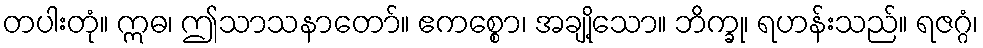
တပါးတုံ။ ဣဓ၊ ဤသာသနာတော်။ ဧကစ္စော၊ အချို့သော။ ဘိက္ခု၊ ရဟန်းသည်။ ရဇဂ္ဂံ၊